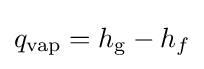
q_{\rm {vap}}=h_{\text{g}}-h_{f}